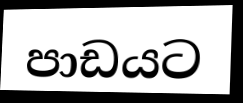
පාඩයට